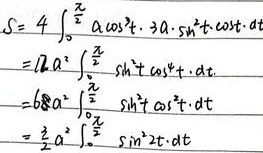
\[
\begin{align*}
S&=4\int_{0}^{\frac{\pi}{2}}a\cos^{3}t\cdot3a\cdot\sin^{2}t\cdot\cot t\ dt\\
&=12a^{2}\int_{0}^{\frac{\pi}{2}}\sin^{2}t\cos^{4}t\ dt\\
&=6a^{2}\int_{0}^{\frac{\pi}{2}}\sin^{2}t\cos^{4}t\ dt\\
&=\frac{3}{2}a^{2}\int_{0}^{\frac{\pi}{2}}\sin^{2}2t\ dt
\end{align*}
\]